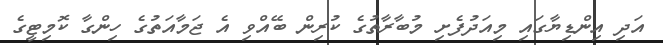
އަދި އިންޑިޔާގައި މިއަދުފެށި މުބާރާތުގެ ކުރިން ބޭއްވި އެ ޖަމާއަތުގެ ހިންގާ ކޮމިޓީގެ